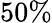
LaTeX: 50\%